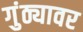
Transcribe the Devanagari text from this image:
गुंठ्यावर